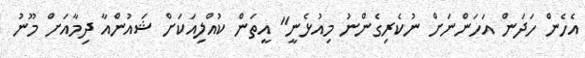
އެހެން ހަދަން އަހަންނަށް ނުކެރިގެންނު މިއުޅެނީ" އީތަން ކުއްލިއަކަށް ޝައުންއާ ދިމާއަށް މޫނު